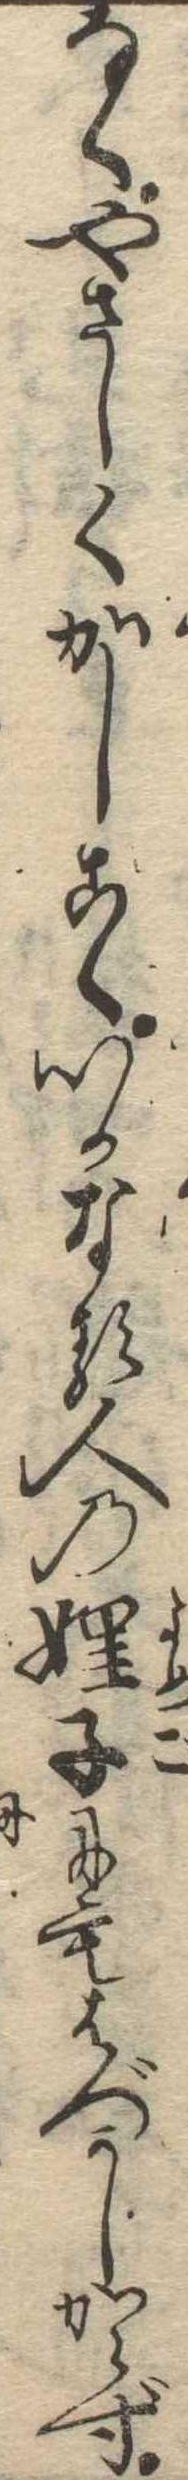
なくやさしくかしこくいかなる人の子にもはづかしからず